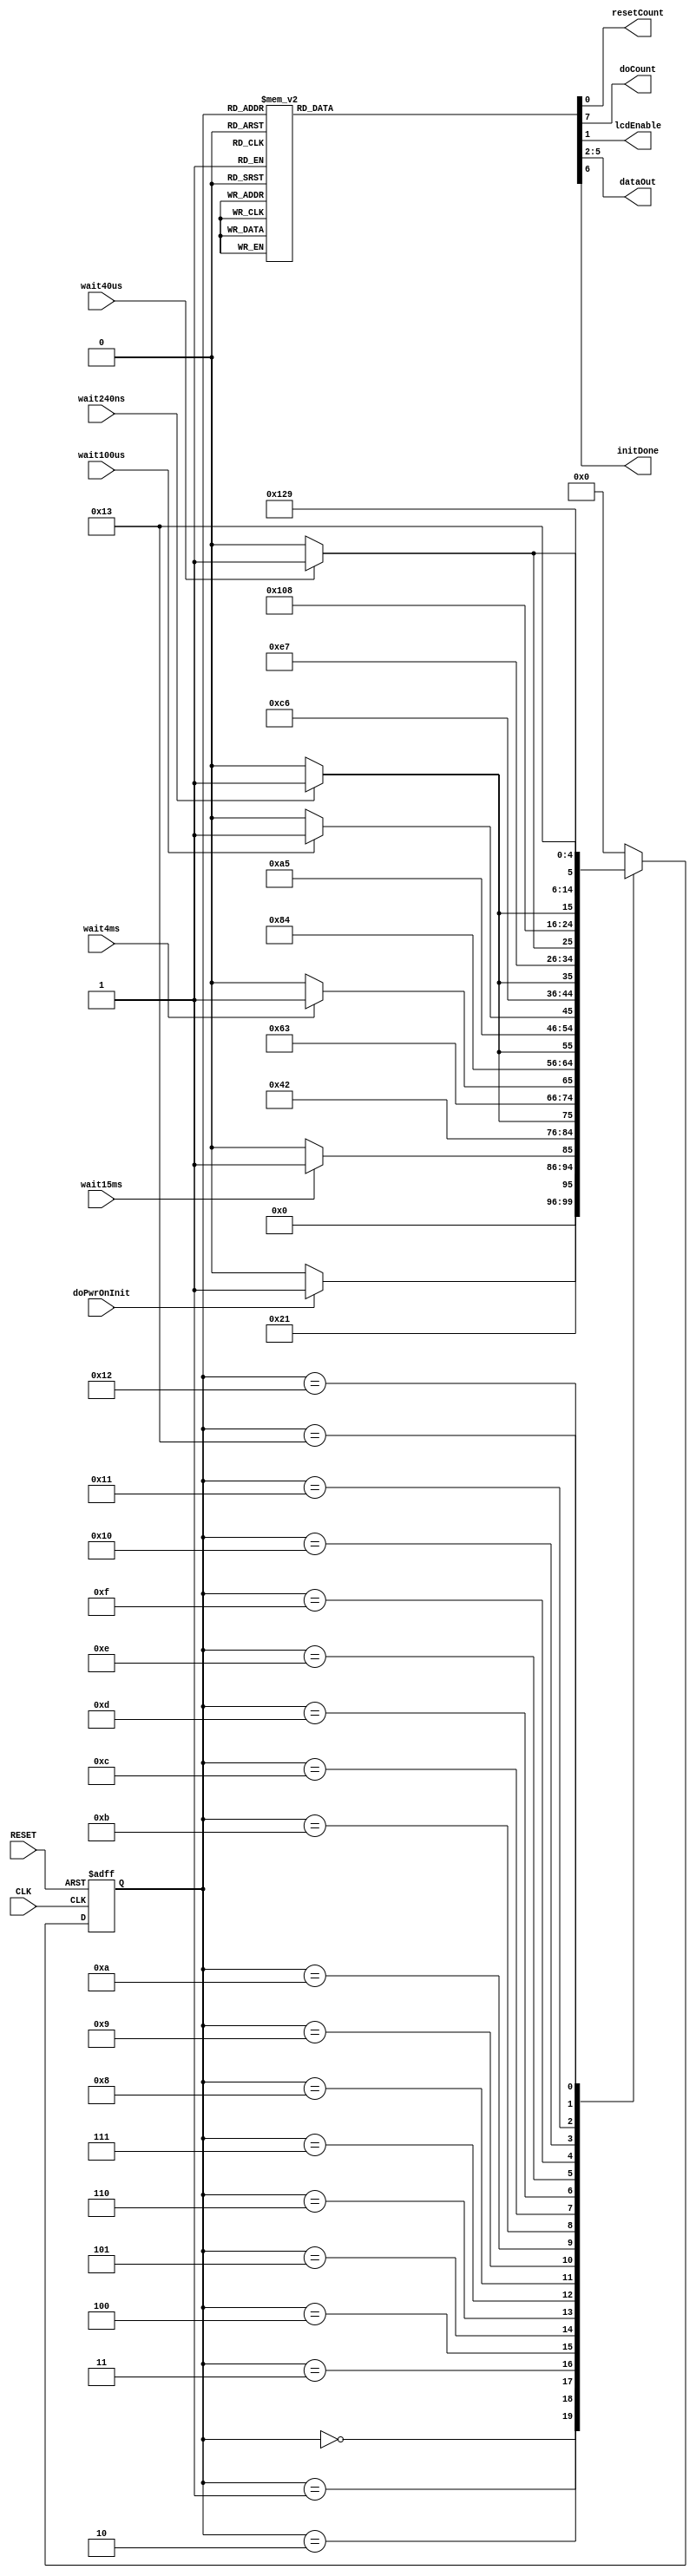
module lcd_pwr_on_init(CLK,
                       RESET,
                       wait240ns,
                       wait40us,
                       wait100us,
                       wait4ms,
                       wait15ms,
                       doPwrOnInit,
                       resetCount,
                       doCount,
                       lcdEnable,
                       dataOut,
                       initDone
                       );

   input CLK;
   input RESET;
   input wait240ns;
   input wait40us;
   input wait100us;
   input wait4ms;
   input wait15ms;
   input doPwrOnInit;

   output       resetCount;
   output       doCount;
   output       lcdEnable;
   output [3:0] dataOut;
   output       initDone;

   reg          resetCount;
   reg          doCount;
   reg          lcdEnable;
   reg [3:0]    dataOut;
   reg          initDone;
   
   // state flip-flops
   reg [4:0]     current_state;
   reg [4:0]     next_state;

   // state definitions
   parameter     READY = 0;
   parameter     FIFTEEN_MS_START = 1;
   parameter     FIFTEEN_MS_WAIT = 2;
   parameter     ONE_START = 3;
   parameter     ONE_WAIT = 4;
   parameter     TWO_START = 5;
   parameter     TWO_WAIT = 6;
   parameter     THREE_START = 7;
   parameter     THREE_WAIT = 8;
   parameter     FOUR_START = 9;
   parameter     FOUR_WAIT = 10;
   parameter     FIVE_START = 11;
   parameter     FIVE_WAIT = 12;
   parameter     SIX_START = 13;
   parameter     SIX_WAIT = 14;
   parameter     SEVEN_START = 15;
   parameter     SEVEN_WAIT = 16;
   parameter     EIGHT_START = 17;
   parameter     EIGHT_WAIT = 18;
   parameter     DONE = 19;

   // update current state
   always @ (posedge CLK, posedge RESET)
     begin
        if (RESET)
          current_state = READY;
        else
          current_state = next_state;
     end

   // Output signals
   always @ (current_state)
     begin
        resetCount = 0;
        doCount = 0;
        lcdEnable = 0;
        initDone = 0;
	dataOut = 4'b0000;

        case (current_state)

          READY:
            begin
               doCount = 0;
            end
          
          FIFTEEN_MS_START:
            begin
               resetCount = 1;
               doCount = 1;
            end
          
          FIFTEEN_MS_WAIT:
            begin
               doCount = 1;
            end
          
          ONE_START:
            begin
               resetCount = 1;
               doCount = 1;
               lcdEnable = 1;
               dataOut = 4'b0011;
            end
          
          ONE_WAIT:
            begin
               doCount = 1;
               lcdEnable = 1;
               dataOut = 4'b0011;
            end
          
          TWO_START:
            begin
               resetCount = 1;
               doCount = 1;
               lcdEnable = 0;
            end
          
          TWO_WAIT:
            begin
               doCount = 1;
               lcdEnable = 0;
            end
          
          THREE_START:
            begin
               resetCount = 1;
               doCount = 1;
               lcdEnable = 1;
               dataOut = 4'b0011;
            end
          
          THREE_WAIT:
            begin
               doCount = 1;
               lcdEnable = 1;
               dataOut = 4'b0011;
            end
          
          FOUR_START:
            begin
               resetCount = 1;
               doCount = 1;
               lcdEnable = 0;
            end
          
          FOUR_WAIT:
            begin
               doCount = 1;
               lcdEnable = 0;
            end
          
          FIVE_START:
            begin
               resetCount = 1;
               doCount = 1;
               lcdEnable = 1;
               dataOut = 4'b0011;
            end
          
          FIVE_WAIT:
            begin
               doCount = 1;
               lcdEnable = 1;
               dataOut = 4'b0011;
            end
          
          SIX_START:
            begin
               resetCount = 1;
               doCount = 1;
               lcdEnable = 0;
            end
          
          SIX_WAIT:
            begin
               doCount = 1;
               lcdEnable = 0;
            end
          
          SEVEN_START:
            begin
               resetCount = 1;
               doCount = 1;
               lcdEnable = 1;
               dataOut = 4'b0010;
            end
          
          SEVEN_WAIT:
            begin
               doCount = 1;
               lcdEnable = 1;
               dataOut = 4'b0010;
            end
          
          EIGHT_START:
            begin
               resetCount = 1;
               doCount = 1;
               lcdEnable = 0;
            end
          
          EIGHT_WAIT:
            begin
               doCount = 1;
               lcdEnable = 0;
            end
          
          DONE:
            begin
               initDone = 1;
            end

	  default:
	    begin
	    end
	  
        endcase
     end

   // Next state
   always @ (current_state, doPwrOnInit, wait15ms, wait4ms, wait100us, wait40us, wait240ns)
     begin
        case (current_state)

          READY:
            begin
               if (doPwrOnInit)
                 next_state = FIFTEEN_MS_START;
               else
                 next_state = READY;
            end
          
          FIFTEEN_MS_START:
            begin
               next_state = FIFTEEN_MS_WAIT;
            end
          
          FIFTEEN_MS_WAIT:
            begin
               if (wait15ms)
                 next_state =  ONE_START;
               else
                 next_state = FIFTEEN_MS_WAIT;
            end
          
          ONE_START:
            begin
               next_state = ONE_WAIT;
            end
          
          ONE_WAIT:
            begin
               if (wait240ns)
                 next_state = TWO_START;
               else
                 next_state = ONE_WAIT;
            end
          
          TWO_START:
            begin
               next_state = TWO_WAIT;
            end
          
          TWO_WAIT:
            begin
               if (wait4ms)
                 next_state = THREE_START;
               else
                 next_state = TWO_WAIT;
            end
          
          THREE_START:
            begin
               next_state = THREE_WAIT;
            end
          
          THREE_WAIT:
            begin
               if (wait240ns)
                 next_state = FOUR_START;
               else
                 next_state = THREE_WAIT;
            end
          
          FOUR_START:
            begin
               next_state = FOUR_WAIT;
            end
          
          FOUR_WAIT:
            begin
               if (wait100us)
                 next_state = FIVE_START;
               else
                 next_state = FOUR_WAIT;
            end
          
          FIVE_START:
            begin
               next_state = FIVE_WAIT;
            end
          
          FIVE_WAIT:
            begin
               if (wait240ns)
                 next_state = SIX_START;
               else
                 next_state = FIVE_WAIT;
            end
          
          SIX_START:
	    begin
               next_state = SIX_WAIT;
	    end
          
          SIX_WAIT:
            begin
               if (wait40us)
                 next_state = SEVEN_START;
               else
                 next_state = SIX_WAIT;
            end
          
          SEVEN_START:
            begin
               next_state = SEVEN_WAIT;
            end
          
          SEVEN_WAIT:
            begin
               if (wait240ns)
                 next_state = EIGHT_START;
               else
                 next_state = SEVEN_WAIT;
            end
          
          EIGHT_START:
            begin
               next_state = EIGHT_WAIT;
            end
          
          EIGHT_WAIT:
            begin
               if (wait40us)
                 next_state = DONE;
               else
                 next_state = EIGHT_WAIT;
            end
          
          DONE:
            begin
               next_state = DONE;
            end

	  default:
	    begin
               next_state = READY;
	    end
	  
        endcase
     end
endmodule